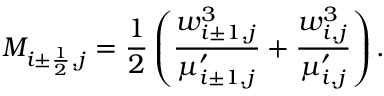
M _ { i \pm \frac { 1 } { 2 } , j } = \frac { 1 } { 2 } \left( \frac { w _ { i \pm 1 , j } ^ { 3 } } { \mu _ { i \pm 1 , j } ^ { \prime } } + \frac { w _ { i , j } ^ { 3 } } { \mu _ { i , j } ^ { \prime } } \right) .